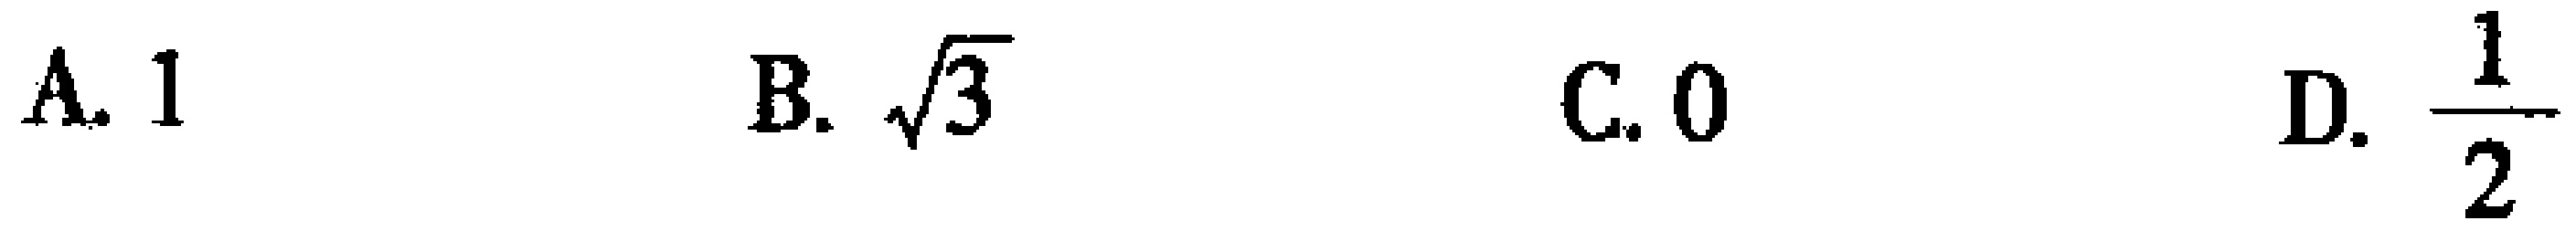
A. \(1\)  B. \(\sqrt{3}\)  C. \(0\)  D. \(\frac{1}{2}\)